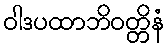
ဝါဒပထာဘိဝတ္တိနံ